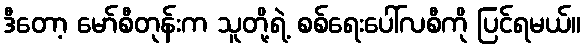
ဒီတော့ မော်စီတုန်းက သူတို့ရဲ့ စစ်ရေးပေါ်လစီကို ပြင်ရမယ်။